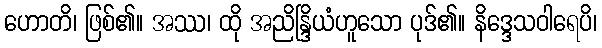
ဟောတိ၊ ဖြစ်၏။ အဿ၊ ထို အညိန္ဒြိယံဟူသော ပုဒ်၏။ နိဒ္ဒေသဝါရေပိ၊